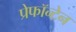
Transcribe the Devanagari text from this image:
प्रेफॉन्टेन